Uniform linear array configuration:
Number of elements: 64
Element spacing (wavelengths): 0.5
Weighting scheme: hamming
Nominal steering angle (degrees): -15
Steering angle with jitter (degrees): -14.821
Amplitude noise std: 0.05
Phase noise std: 0.05

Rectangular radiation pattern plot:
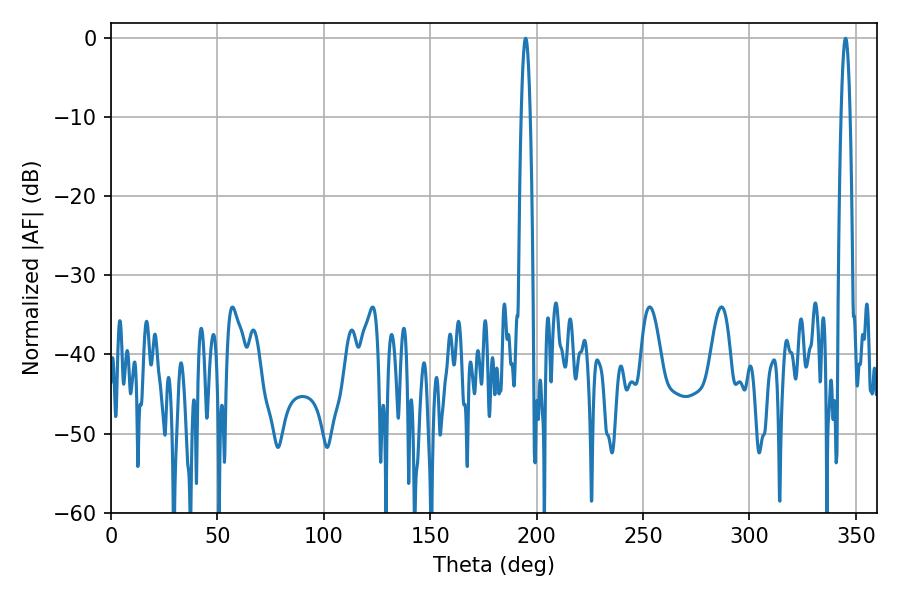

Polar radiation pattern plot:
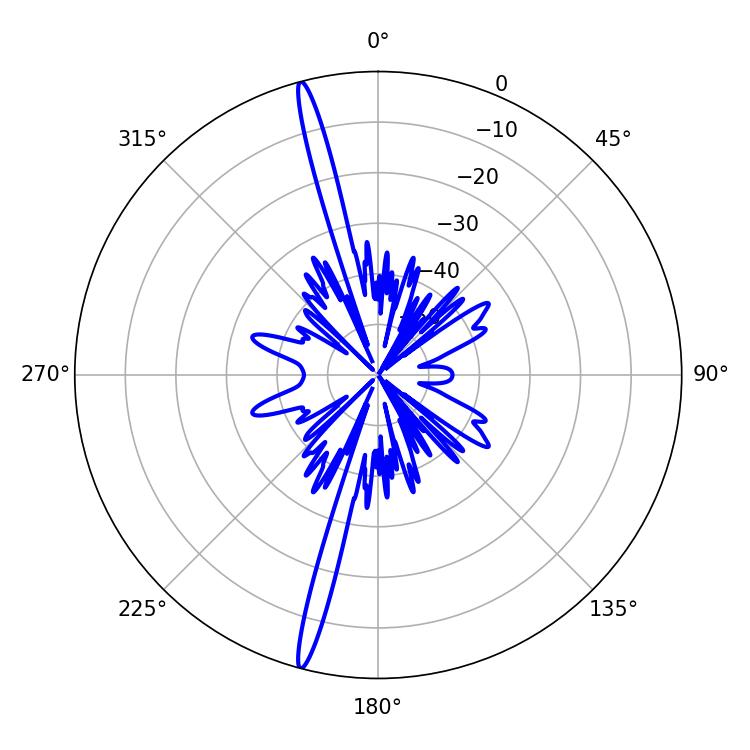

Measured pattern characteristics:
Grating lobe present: FALSE
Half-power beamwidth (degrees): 2.34
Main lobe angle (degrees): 194.76